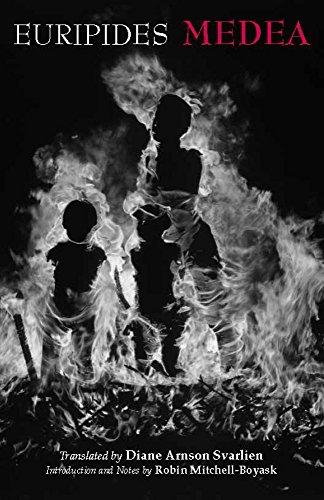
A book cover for Medea (Hackett Classics); Euripides; Literature & Fiction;